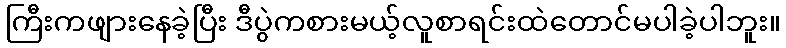
ကြီးကဖျားနေခဲ့ပြီး ဒီပွဲကစားမယ့်လူစာရင်းထဲတောင်မပါခဲ့ပါဘူး။